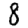
Digit: 8